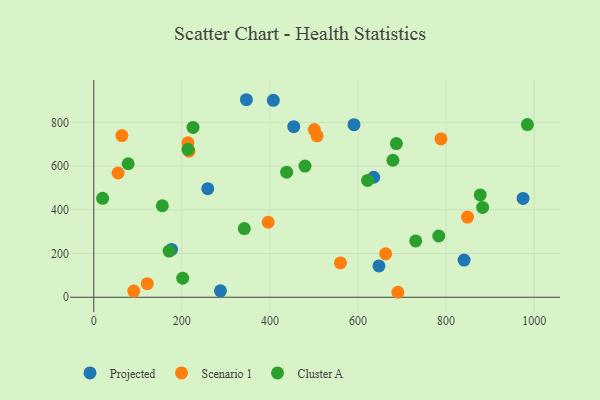
{"axis": {"x": "Engine Size", "y": "Yield"}, "legend": ["Cluster A", "Projected", "Scenario 1"], "data": [{"x": "590.9", "y": 789.4, "type": "Projected"}, {"x": "407.7", "y": 900.6, "type": "Projected"}, {"x": "635.6", "y": 548.7, "type": "Projected"}, {"x": "974.8", "y": 451.9, "type": "Projected"}, {"x": "287.7", "y": 29.4, "type": "Projected"}, {"x": "258.8", "y": 496.5, "type": "Projected"}, {"x": "647.5", "y": 143.3, "type": "Projected"}, {"x": "176.5", "y": 218.5, "type": "Projected"}, {"x": "840.9", "y": 169.9, "type": "Projected"}, {"x": "346.5", "y": 903.3, "type": "Projected"}, {"x": "454.1", "y": 780.0, "type": "Projected"}, {"x": "690.5", "y": 22.7, "type": "Scenario 1"}, {"x": "500.7", "y": 766.6, "type": "Scenario 1"}, {"x": "560.1", "y": 157.1, "type": "Scenario 1"}, {"x": "121.4", "y": 62.1, "type": "Scenario 1"}, {"x": "213.9", "y": 706.5, "type": "Scenario 1"}, {"x": "662.7", "y": 198.5, "type": "Scenario 1"}, {"x": "507.0", "y": 738.1, "type": "Scenario 1"}, {"x": "90.8", "y": 28.3, "type": "Scenario 1"}, {"x": "55.2", "y": 568.2, "type": "Scenario 1"}, {"x": "788.4", "y": 724.1, "type": "Scenario 1"}, {"x": "848.7", "y": 366.4, "type": "Scenario 1"}, {"x": "216.0", "y": 667.9, "type": "Scenario 1"}, {"x": "63.8", "y": 739.5, "type": "Scenario 1"}, {"x": "396.1", "y": 342.9, "type": "Scenario 1"}, {"x": "877.6", "y": 467.7, "type": "Cluster A"}, {"x": "155.7", "y": 418.5, "type": "Cluster A"}, {"x": "341.8", "y": 314.0, "type": "Cluster A"}, {"x": "479.6", "y": 599.8, "type": "Cluster A"}, {"x": "171.1", "y": 211.1, "type": "Cluster A"}, {"x": "679.3", "y": 626.6, "type": "Cluster A"}, {"x": "78.1", "y": 610.4, "type": "Cluster A"}, {"x": "225.4", "y": 776.5, "type": "Cluster A"}, {"x": "687.1", "y": 702.6, "type": "Cluster A"}, {"x": "783.4", "y": 280.0, "type": "Cluster A"}, {"x": "438.0", "y": 572.0, "type": "Cluster A"}, {"x": "883.0", "y": 410.8, "type": "Cluster A"}, {"x": "984.6", "y": 789.8, "type": "Cluster A"}, {"x": "20.1", "y": 452.5, "type": "Cluster A"}, {"x": "214.0", "y": 676.6, "type": "Cluster A"}, {"x": "621.7", "y": 534.1, "type": "Cluster A"}, {"x": "202.0", "y": 87.3, "type": "Cluster A"}, {"x": "731.0", "y": 257.6, "type": "Cluster A"}]}